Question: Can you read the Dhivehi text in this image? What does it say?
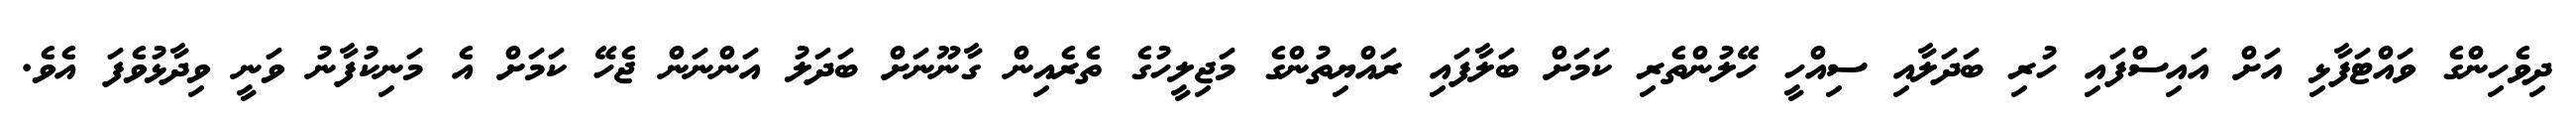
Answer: ދިވެހިންގެ ވައްޓަފާޅި އަށް އައިސްފައި ހުރި ބަދަލާއި ސިއްހީ ހޭލުންތެރި ކަމަށް ބަލާފައި ރައްޔިތުންގެ މަޖިލީހުގެ ތެރެއިން ގާނޫނަށް ބަދަލު އަންނަން ޖެހޭ ކަމަށް އެ މަނިކުފާނު ވަނީ ވިދާޅުވެފަ އެވެ.